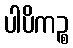
ပါပိကဉ္စ